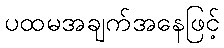
ပထမအချက်အနေဖြင့်